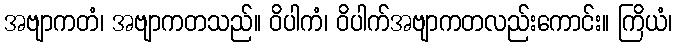
အဗျာကတံ၊ အဗျာကတသည်။ ဝိပါကံ၊ ဝိပါက်အဗျာကတလည်းကောင်း။ ကြိယံ၊